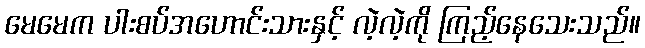
မေမေက ပါးစပ်အဟောင်းသားနှင့် လဲ့လဲ့ကို ကြည့်နေသေးသည်။